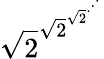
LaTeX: {\sqrt{2}}^{{\sqrt{2}}^{{\sqrt{2}}^{\cdot^{\cdot^{\cdot}}}}}